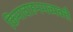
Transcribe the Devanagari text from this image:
किमावाहनमव्यक्तै